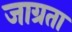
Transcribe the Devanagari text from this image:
जाग्रता